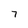
Character: T